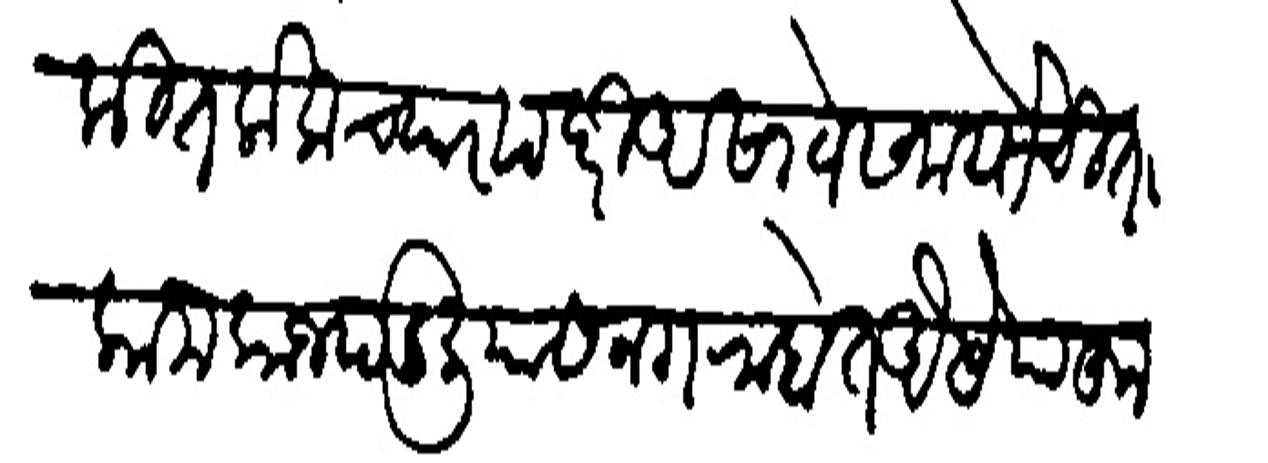
Transliteration (Devanagari): नामांकित लोक च्यार पदरी असावे समयोचित कामकाज पडलियास नग राहेत ऐसे पाहन